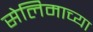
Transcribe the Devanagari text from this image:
सेलिमाच्या